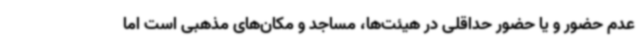
عدم حضور و یا حضور حداقلی در هیئت‌ها، مساجد و مکان‌های مذهبی است اما